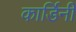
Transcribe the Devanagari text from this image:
कार्डिनी